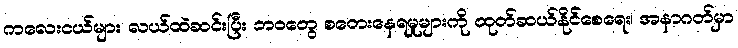
ကလေးငယ်များ လယ်ထဲဆင်းပြီး ဘဝတွေ စတေးနေရမှုများကို ထုတ်ဆယ်နိုင်စေရေး၊ အနာဂတ်မှာ